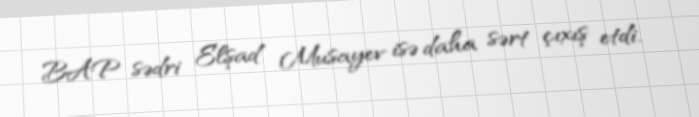
BAP sədri Elşad Musayev isə daha sərt çıxış etdi.